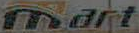
mart